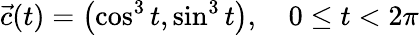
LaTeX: {\vec{c}}(t)=\left(\cos^{3}t,\sin^{3}t\right),\quad 0\leq t<2\pi